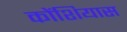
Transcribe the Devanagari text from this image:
कोंशियास